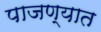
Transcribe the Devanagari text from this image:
पाजण्यात